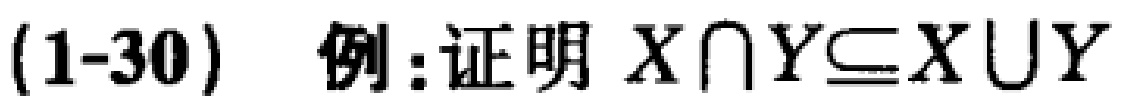
(1-30) 例:证明 $X\cap Y\subseteq X\cup Y$